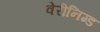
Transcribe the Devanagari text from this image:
वेरीनिग्ड